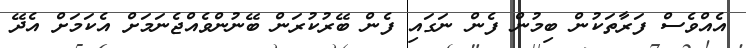
އެއްވެސް ފަރާތަކުން ބިމުން ފެން ނަގައި ފެން ބޭރުކުރަން ބޭނުންވެއްޖެނަމަށް އެކަމަށް އެދޭ